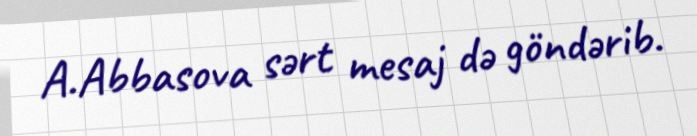
A.Abbasova sərt mesaj də göndərib.